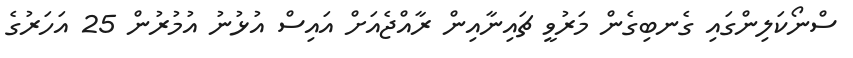
ސްނޯކަލިންގައި ގެނބިގެން މަރުވީ ޗައިނާއިން ރާއްޖެއަށް އައިސް އުޅުނު އުމުރުން 25 އަހަރުގެ